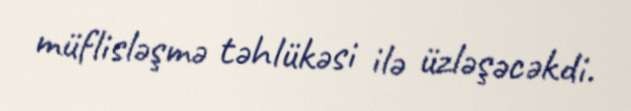
müflisləşmə təhlükəsi ilə üzləşəcəkdi.